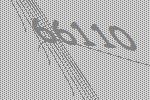
66110